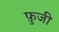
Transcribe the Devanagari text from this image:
फ़ुजी